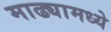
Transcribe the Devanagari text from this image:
माढ्यामध्ये